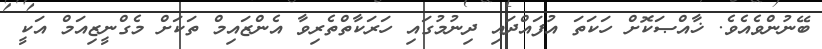
ބޭނުންވެއެވެ. ޚާއްޞަކޮށް ހަކަތަ އުފައްދައި ދިނުމުގައި ހަރަކާތްތެރިވާ އެންޒައިމް ތަކަށް މެގްނީޒިއަމް އަކީ